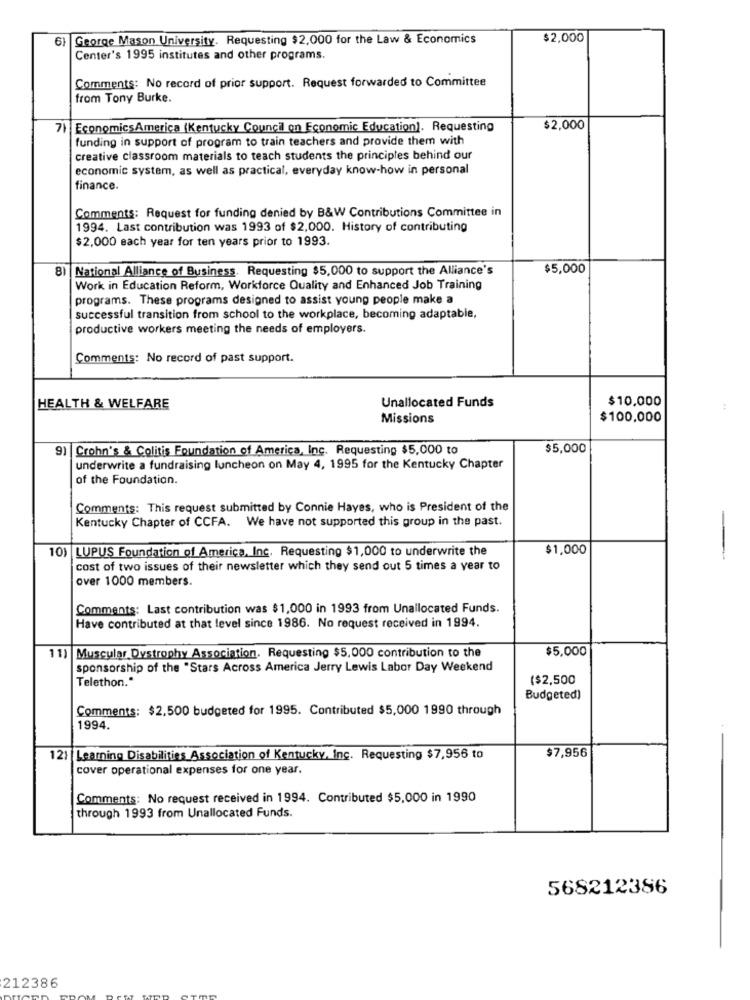
61
George Mason University. Requesting $2,000 for the Law & Economics
$2,000
Center's 1995 institutes and other programs.
Comments: No record of prior support. Request forwarded to Committee
from Tony Burke.
71 EconomicsAmerica (Kentucky Council on Economic Education). Requesting
$2,000
funding in support of program to train teachers and provide them with
creative classroom materials to teach students the principles behind our
economic system, as well as practical, everyday know-how in personal
finance.
Comments: Request for funding denied by B&W Contributions Committee in
1994. Last contribution was 1993 of $2,000. History of contributing
$2,000 each year for ten years prior to 1993.
8) National Alliance of Business. Requesting $5,000 to support the Alliance's
$5,000
Work in Education Reform, Workforce Quality and Enhanced Job Training
programs. These programs designed to assist young people make a
successful transition from school to the workplace, becoming adaptable,
productive workers meeting the needs of employers.
Comments: No record of past support.
$10,000
HEALTH & WELFARE
Unallocated Funds
Missions
$100.000
91 |Crohn's & Colitis Foundation of America, Inc. Requesting $5,000 to
$5,000
underwrite a fundraising luncheon on May 4, 1995 for the Kentucky Chapter
of the Foundation.
Comments: This request submitted by Connie Hayes, who is President of the
Kentucky Chapter of CCFA. We have not supported this group in the past.
10)
LUPUS Foundation of America, Inc. Requesting $1,000 to underwrite the
$1,000
-
cost of two issues of their newsletter which they send out 5 times a year to
over 1000 members.
Comments: Last contribution was $1,000 in 1993 from Unallocated Funds.
Have contributed at that level since 1986. No request received in 1994.
11) Muscular Dystrophy Association. Requesting $5,000 contribution to the
$5,000
sponsorship of the "Stars Across America Jerry Lewis Labor Day Weekend
Telethon."
($2,500
Budgeted)
Comments: $2.500 budgeted for 1995. Contributed $5,000 1990 through
1994.
121 Learning Disabilities Association of Kentucky, Inc. Requesting $7,956 to
$7,956
cover operational expenses for one year.
Comments: No request received in 1994. Contributed $5,000 in 1990
through 1993 from Unallocated Funds.
568212386
212386